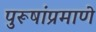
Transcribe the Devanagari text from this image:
पुरूषांप्रमाणे